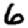
Digit: 6